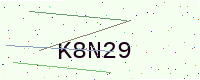
Text: K8N29